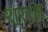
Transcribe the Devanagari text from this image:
श्ररत